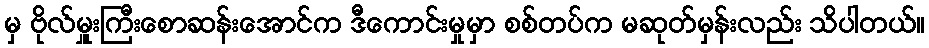
မှ ဗိုလ်မှူးကြီးစောဆန်းအောင်က ဒီကောင်းမှုမှာ စစ်တပ်က မဆုတ်မှန်းလည်း သိပါတယ်။